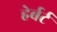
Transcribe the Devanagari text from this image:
हेर्बर्ट